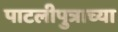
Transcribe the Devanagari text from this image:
पाटलीपुत्राच्या